Note on the mental hospitals in Burma - 1925-1940
Year: 1925
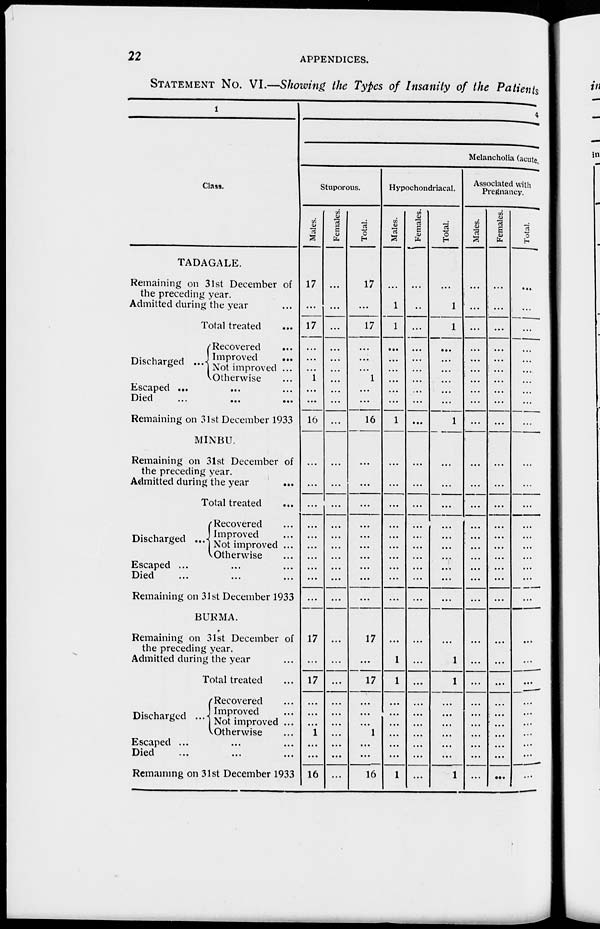
22
APPENDICES.
STATEMENT No. VI.—Showing the Types of Insanity of the Patients
1
Class.
TADAGALE.
Remaining on 31st December of
the preceding year.
Admitted during the year ...
Total treated
...
Discharged ...
Recovered ...
Improved ...
Not improved ...
Otherwise ...
Escaped ... ... ...
Died ... ... ...
Remaining on 31st December 1933
MINBU.
Remaining on 31st December of
the preceding year.
Admitted during the year
...
Total treated ...
Discharged ...
Recovered ...
Improved ...
Not improved ...
Otherwise ...
Escaped
...
...
...
Died
...
...
...
Remaining on 31st December 1933
BURMA.
Remaining on 31st December of
the preceding year.
Admitted during the year ...
Total treated ...
Discharged ...
Recovered ...
Improved ...
Not improved ...
Otherwise ...
Escaped ... ... ...
Died ... ... ...
Remaining on 31st December 1933
4
Melancholia (acute,
Stuporous.
Males.
17
...
17
...
...
...
1
...
...
16
...
...
...
...
...
...
...
...
...
...
17
...
17
...
...
...
1
...
...
16
Females.
...
...
...
...
...
...
...
...
...
...
...
...
...
...
...
...
...
...
...
...
...
...
...
...
...
...
...
...
...
...
Total.
17
...
17
...
...
...
1
...
...
16
...
...
...
...
...
...
...
...
...
...
17
...
17
...
...
...
1
...
...
16
Hypochondriacal.
Males.
...
1
1
...
...
...
...
...
...
1
...
...
...
...
...
...
...
...
...
...
...
1
1
...
...
...
...
...
...
1
Females.
...
...
...
...
...
...
...
..
...
...
...
...
...
...
...
...
...
...
...
...
...
...
...
...
...
...
...
...
...
...
Total.
...
1
1
...
...
...
...
...
...
1
...
...
...
...
...
...
...
...
...
...
...
1
1
...
...
...
...
...
...
1
Associated with
Pregnancy.
Males.
...
...
...
...
...
...
...
...
...
...
...
...
...
...
...
...
...
...
...
...
...
...
...
...
...
...
...
...
...
Females.
...
...
...
...
...
...
...
...
...
...
...
...
...
...
...
...
...
...
...
...
...
...
...
...
...
...
...
...
...
...
Total.
...
...
...
...
...
...
...
...
...
...
...
...
...
...
...
...
...
...
...
...
...
...
...
...
...
...
...
...
...
...